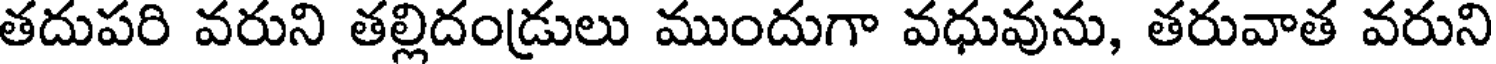
తదుపరి వరుని తల్లిదండ్రులు ముందుగా వధువును, తరువాత వరుని